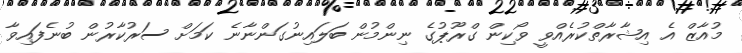
މުއާޒް އެ އިޝާރާތްކުރެއްވީ ވޯކިން ގްރޫޕުގެ ނިންމުން ބަލައިނުގަންނާނެ ކަމަށް ސަރުކާރުން ބުނެފައިވާ